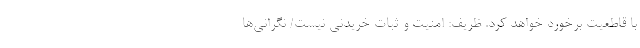
با قاطعیت برخورد خواهد کرد. ظریف: امنیت و ثبات خریدنی نیست/ نگرانی‌ها